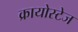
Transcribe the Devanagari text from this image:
क्रायोस्टेज